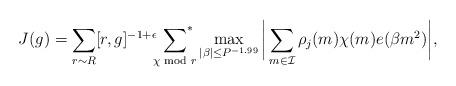
LaTeX: \begin{align*} J(g) = \sum_{r \sim R} [r,g]^{-1+\epsilon}\sideset{}{^*}\sum_{\chi \!\! \!\! \mod r} \max_{|\beta| \le P^{-1.99}} \bigg| \sum_{m \in \mathcal I} \rho_j(m)\chi(m)e( \beta m^2 ) \bigg|,\end{align*}